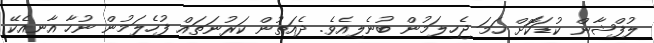
ލުފްޝާން ކުޑަކޮަށް ހަމަ ޖެހިލަމުން ބުނެލިއެވެ. ދެއަތުން ކަރުނަތައް ފުހެލަމުން ނުހާ އާނއެކޭ